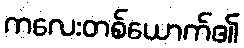
ကလေးတစ်ယောက်၏